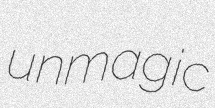
unmagic